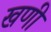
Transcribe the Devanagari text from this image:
खणी